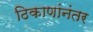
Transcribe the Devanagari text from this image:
ठिकाणांनंतर